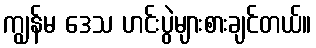
ကျွန်မ ဒေသ ဟင်းပွဲများစားချင်တယ်။